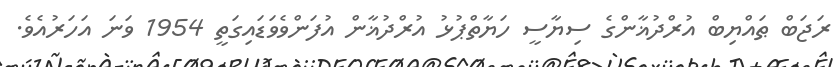
ރަޖަބް ޠައްޔިބް އުރްދުޣާންގެ ސިޔާސީ ހަޔާތްޕުޅު އުރްދުޣާން އުފަންވެވަޑައިގަތީ 1954 ވަނަ އަހަރުއެވެ.